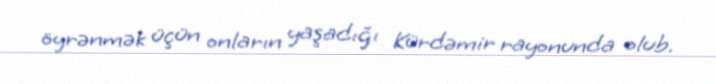
öyrənmək üçün onların yaşadığı Kürdəmir rayonunda olub.